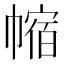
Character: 𪩻